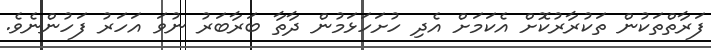
ފަރާތްތަކުން ތަކުރާރުކޮށް އެކަމަށް އެދި ހުށަހަޅަމުން ދާތާ ބަރާބަރު ނުވަ އަހަރު ފަހުންނެވެ.